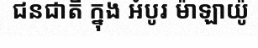
ជនជាតិ ក្នុង អំបូរ ម៉ាឡាយ៉ូ